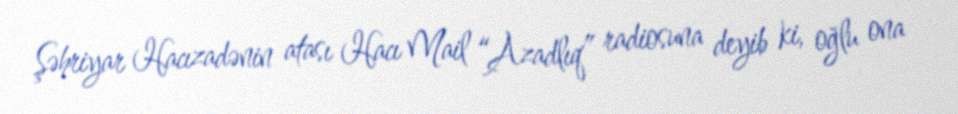
Şəhriyar Hacızadənin atası Hacı Mail “Azadlıq” radiosuna deyib ki, oğlu ona